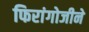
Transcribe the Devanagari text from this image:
फिरांगोजीने